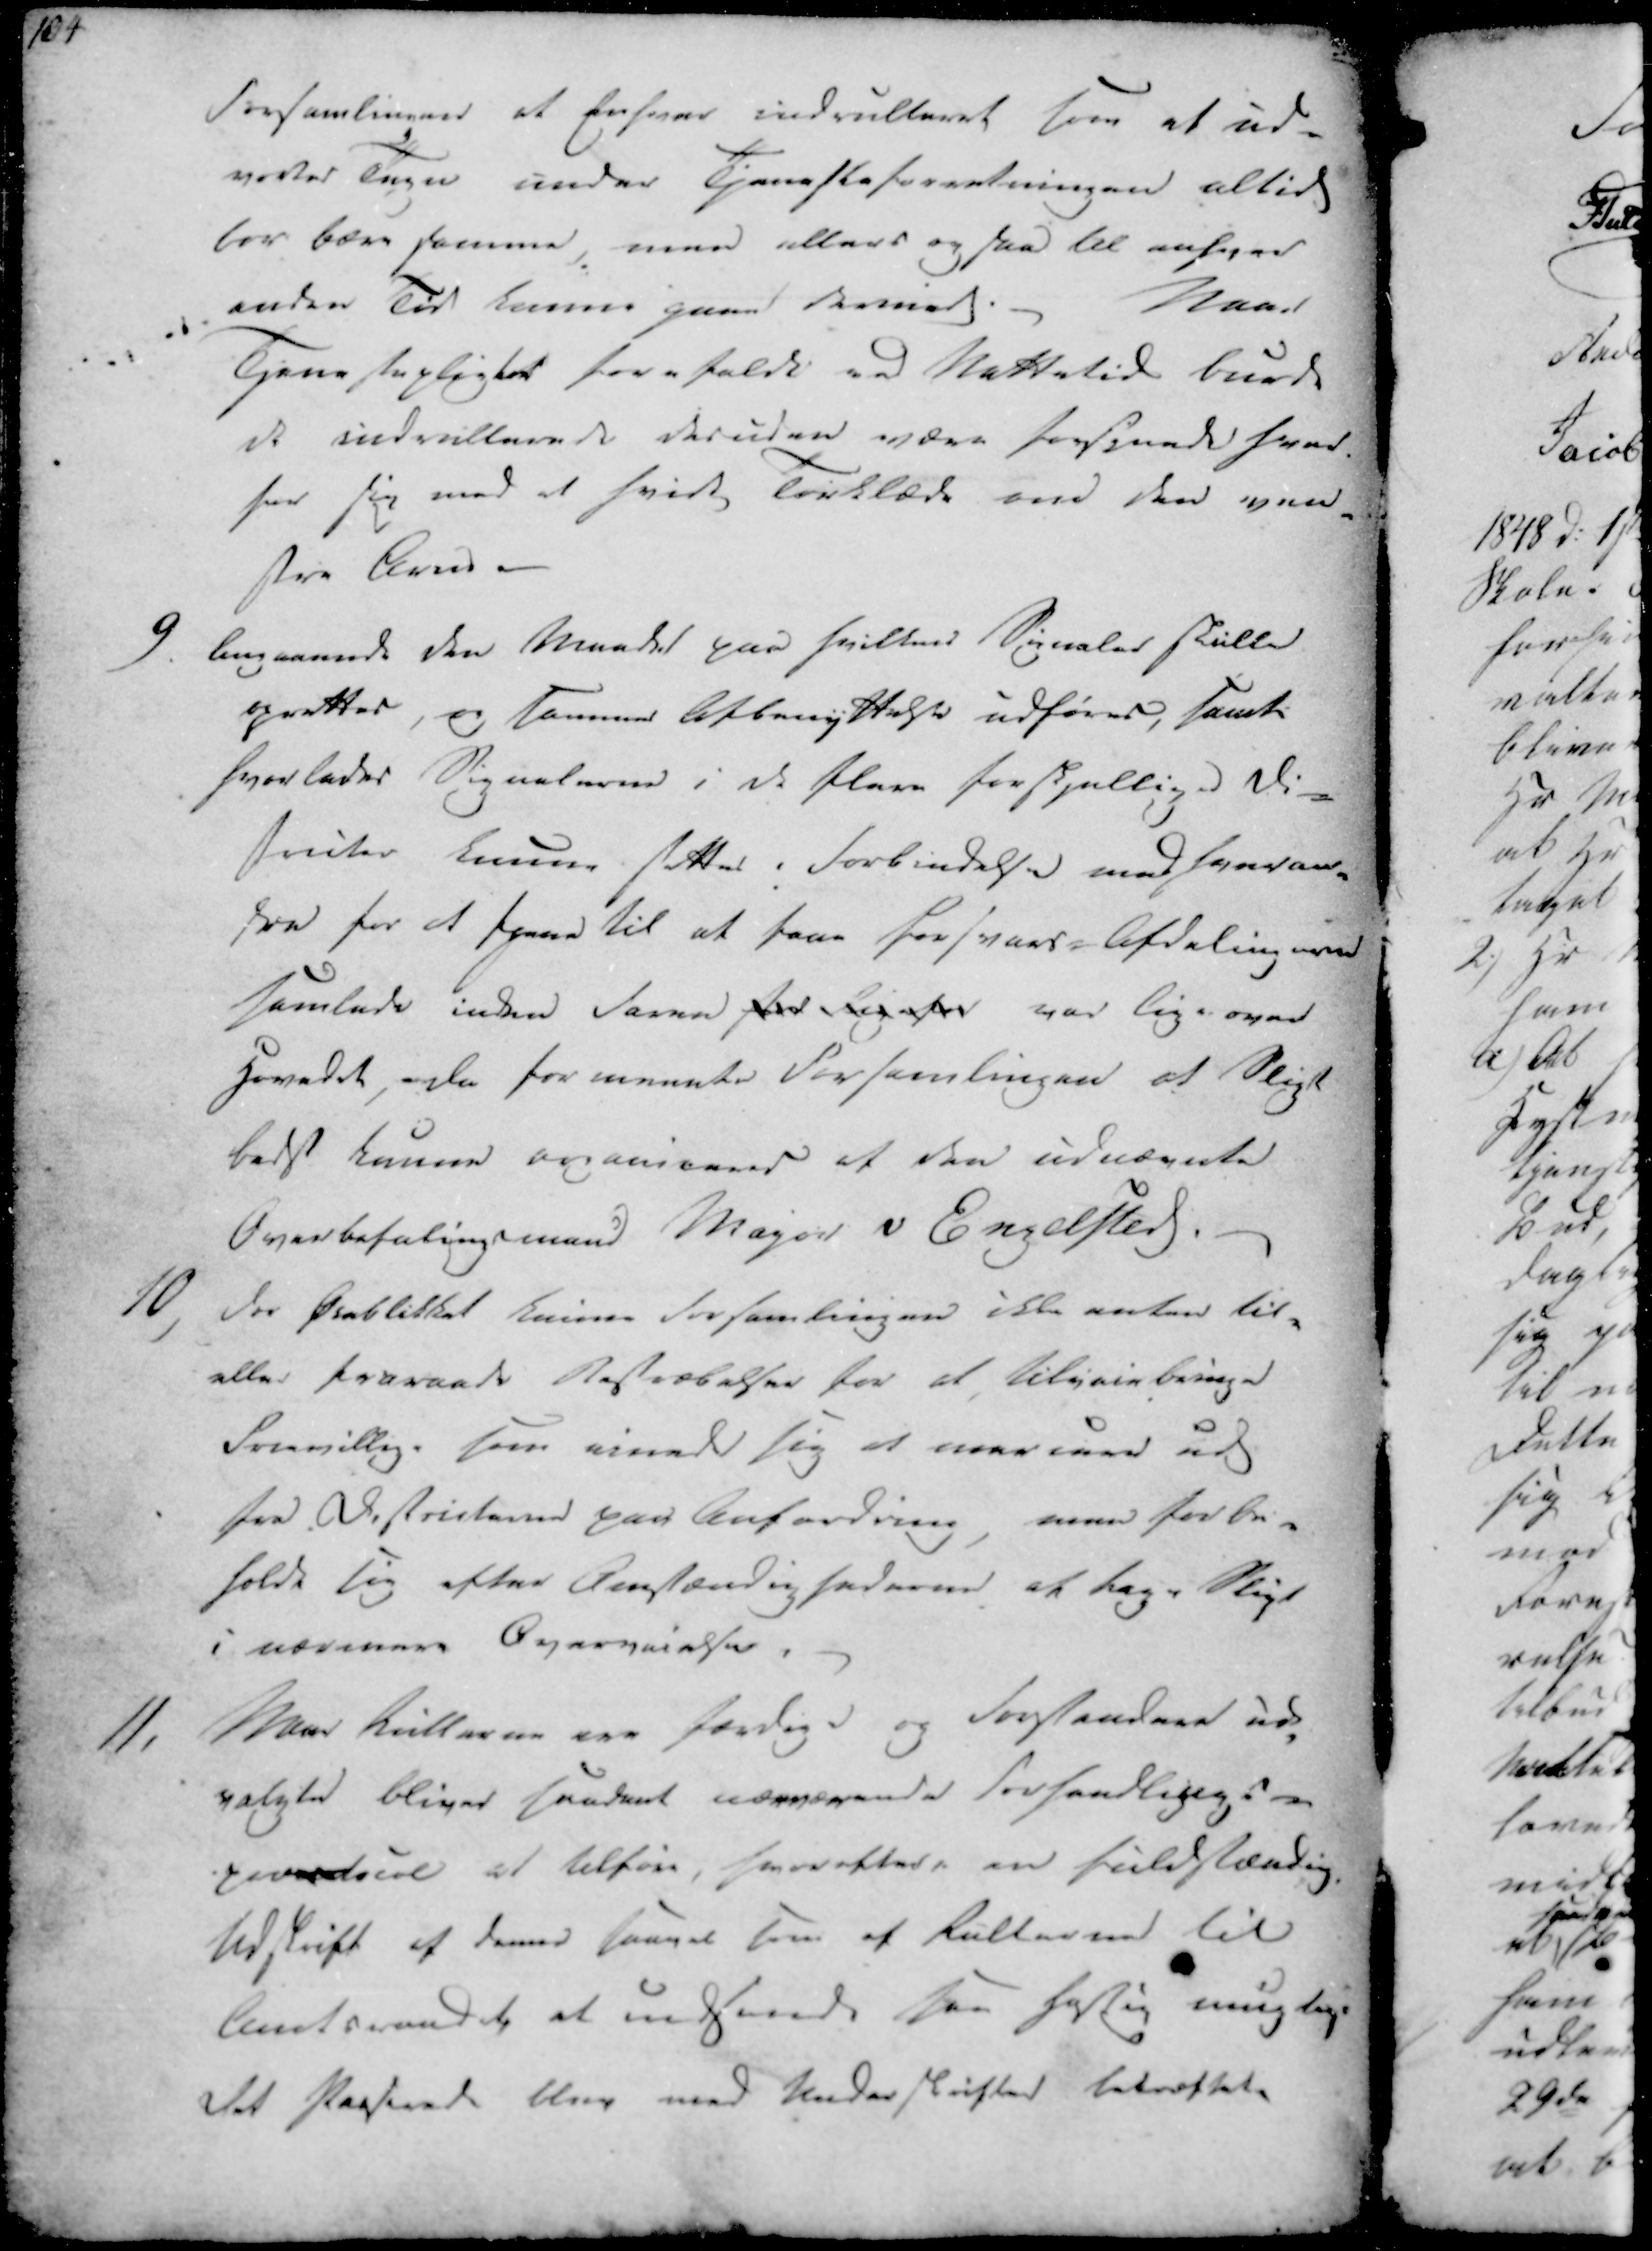
Transskription:
104

Forsamlingen at Enhver indrulleret som et ud-
vortes Tegn under Tjenesteforretningen altid
bør bære samme, men ellers ogsaa til enhver
anden Tid kunne gaae dermed.
Naar
Tjenestepligter forefaldt ved Nattetid burde
de indvillerede desuden være forsynede hver
har sig med at hvidt Tørklæde om den ven-
stre Arm ._

9. Begaaende den Maade paa hvilken Signaler skulle
oprettes, og samme Afbenyttelse udføres, samt
hvorledes Signalerne i de flere forskjellige Di-
stricter kunne settes i Forbindelse medsaaran-
sra for at tjene til at faae Forsvars-Afdeling med
samlede inden faren sted Rigese var lige over
Hovedet - da formeente Forsamlingen at Sligt
bedst kunne organiseres at den udnævnte
Overbefalingsmand Major v Engelsted.

10.) For Øieblikket kunne Forsamlingen ikke enten til-
eller fraraade Bestræbelser for at tilveiebringe
frievillig, som einede sig at marcere ud
fra Districterne paa Anfordring, men forbe-
holde sig efter Omstændighederne at tage Pligt
i nærmere Overveielse.

11.
Naar Rullerne ere færdige og Forstandere ud-
valgte bliver saadant nærværende Forhandligns-
protocol at tilføre, hvorefter en fuldstændig
Udskrift af denne saavel som af Rullerne til
Amtsraadet at indsende saa hastig mulig
Det Passerede bleve med Underskrifter bekræftet.